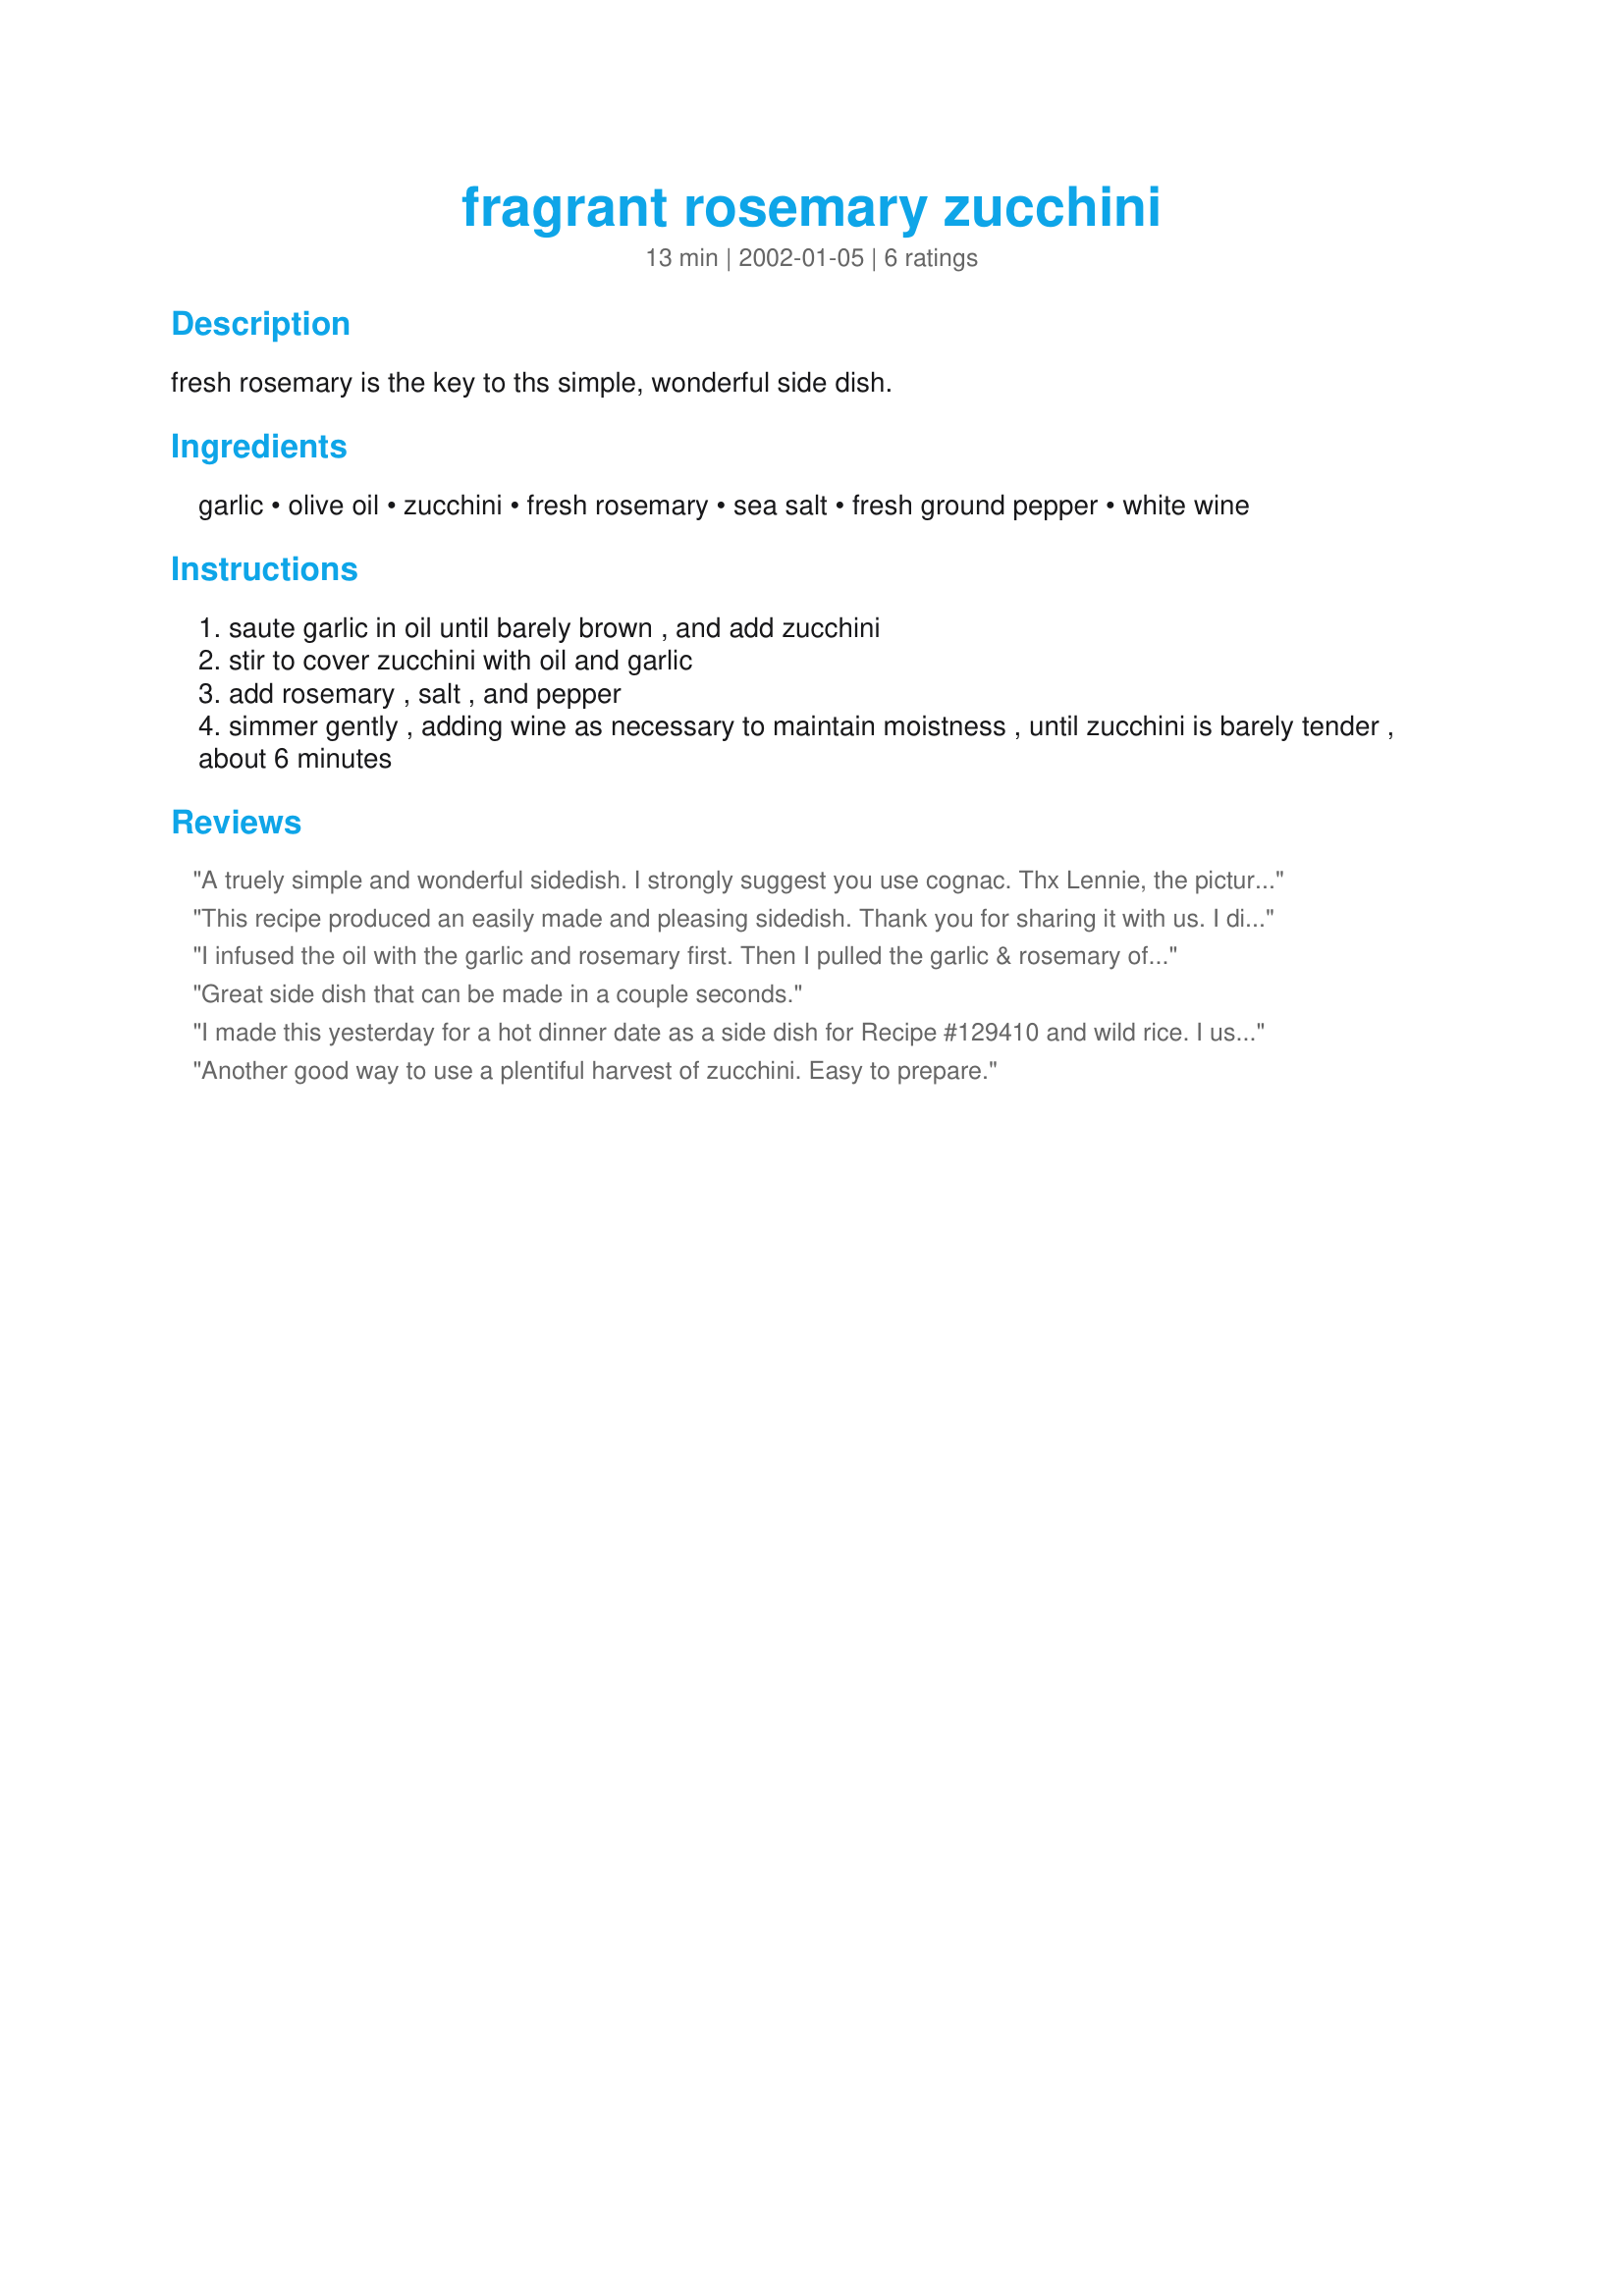
fragrant rosemary zucchini
Preparation time: 13 minutes

fresh rosemary is the key to ths simple, wonderful side dish.

Ingredients:
garlic, olive oil, zucchini, fresh rosemary, sea salt, fresh ground pepper, white wine

Steps:
saute garlic in oil until barely brown , and add zucchini
stir to cover zucchini with oil and garlic
add rosemary , salt , and pepper
simmer gently , adding wine as necessary to maintain moistness , until zucchini is barely tender , about 6 minutes

Reviews:
A truely simple and wonderful sidedish. I strongly suggest you use cognac. Thx Lennie, the picture helps alot!
This recipe produced an easily made and pleasing sidedish. Thank you for sharing it with us. I did use vermouth instead of white wine.
I infused the oil with the garlic and rosemary first. Then I pulled the garlic & rosemary off into a bowl so it would not burn. After cooking the zucchini I added the garlic & rosemary back to the pan. I love the aroma of the wine as you poured it into the hot skillet. I think I'll add 2 sprigs of rosemary next time. Thank you for posting. Made for *JULY Herb Spice and More Zucchini and Paprika* game
Great side dish that can be made in a couple seconds.
I made this yesterday for a hot dinner date as a side dish for Recipe #129410 and wild rice. I used fresh rosemary. It came out delicious, and I thought the rosemary really complemented the wild rice well, so that combination is a keeper! Thanks for a great recipe!
Another good way to use a plentiful harvest of zucchini. Easy to prepare.
